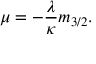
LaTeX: \mu = - \frac { \lambda } { \kappa } m _ { 3 / 2 } .